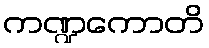
ကဏ္ဍကောတိ